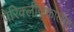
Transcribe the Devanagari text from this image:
पेरिक्लीज़कालीन